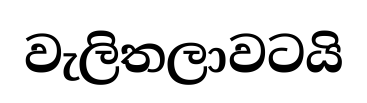
වැලිතලාවටයි